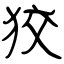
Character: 狡